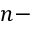
n -